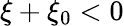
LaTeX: \xi+\xi_{0}<0